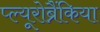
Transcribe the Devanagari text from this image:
प्ल्यूरोब्रैंकिया